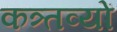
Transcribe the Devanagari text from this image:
कत्र्तव्यों